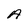
Character: A